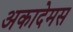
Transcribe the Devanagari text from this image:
अकादेमस